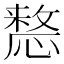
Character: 𢡷